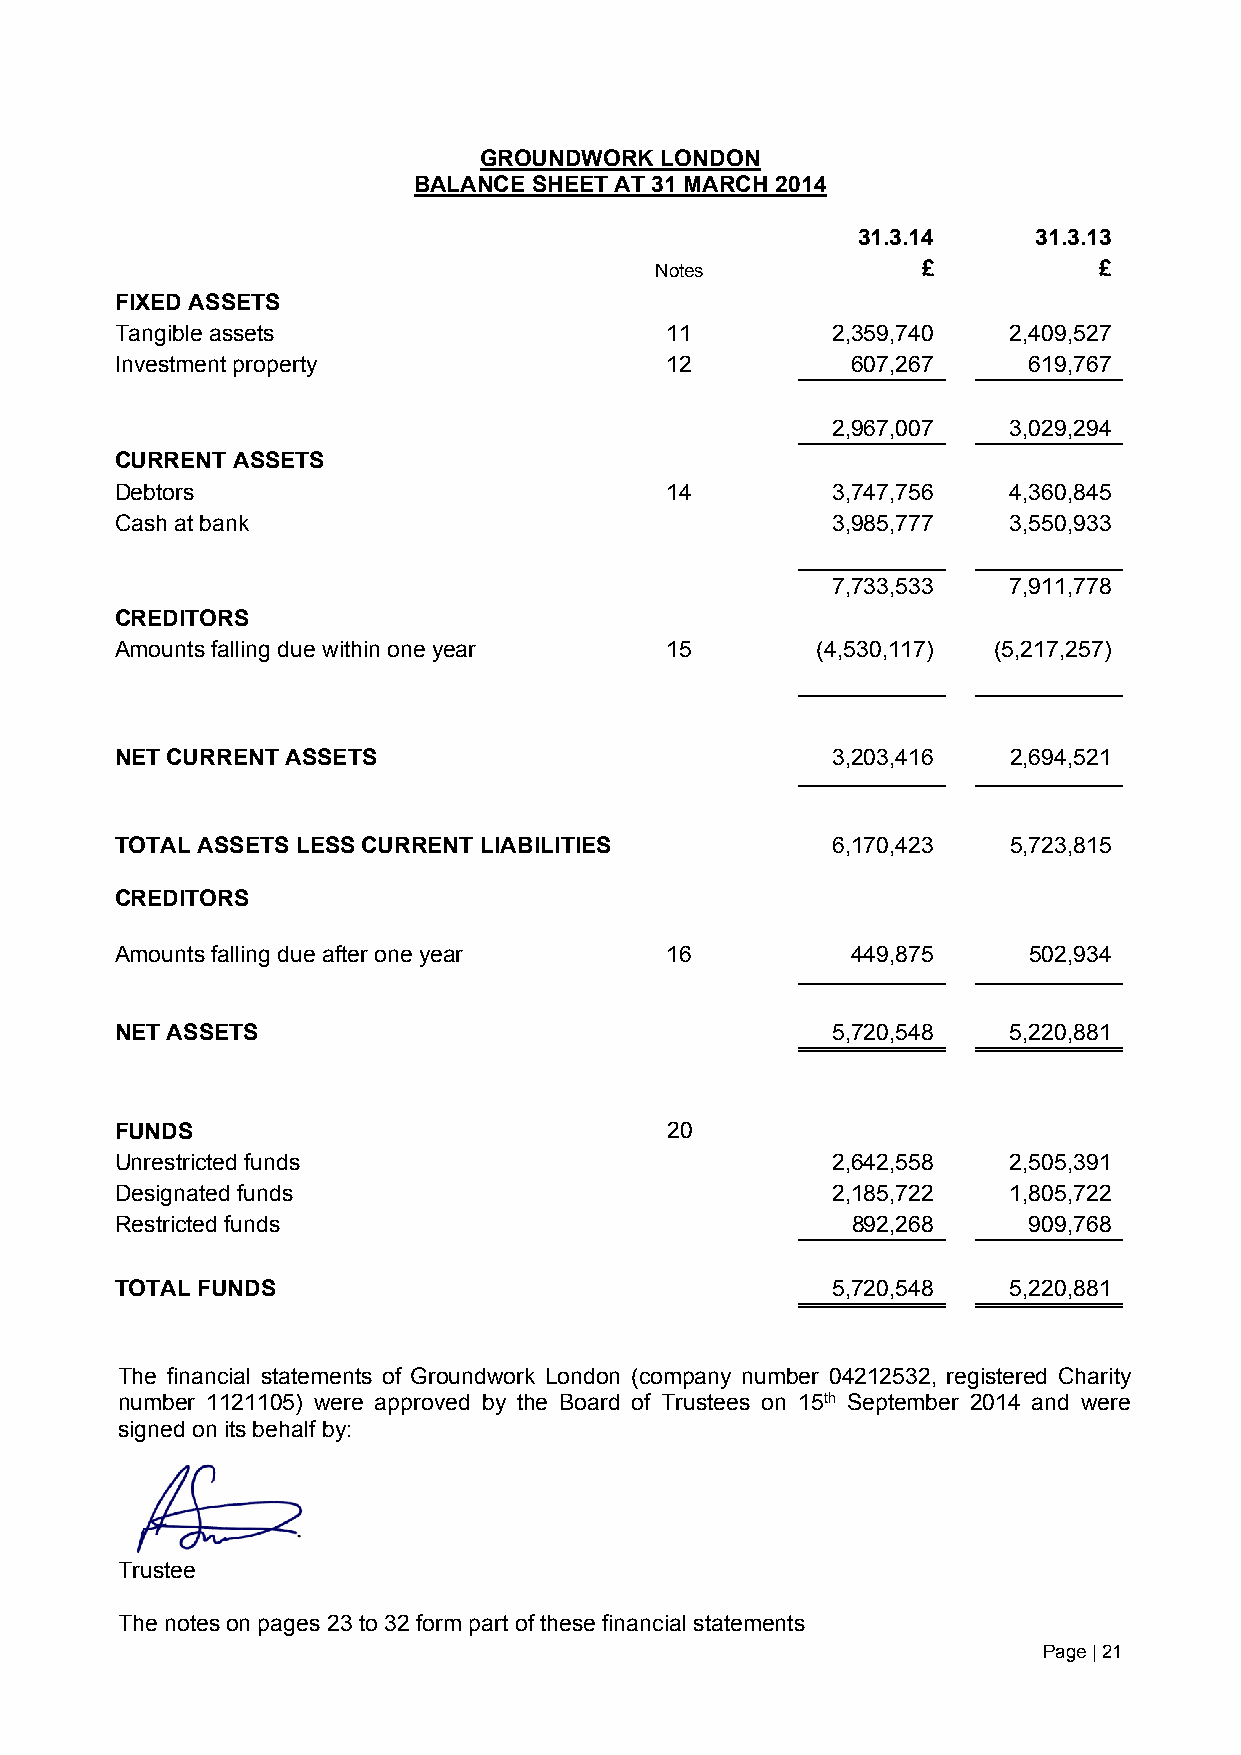
GROUNDWORK  LONDON
 BALANCE SHEET AT 31 MARCH 2014
 31.3.14    31.3.13
 Notes             £           £
 FIXED ASSETS
 Tangible assets                     11         2,359,740   2,409,527
 Investment property                 12          607,267     619,767
 2,967,007   3,029,294
 CURRENT ASSETS
 Debtors                             14         3,747,756   4,360,845
 Cash at bank                                   3,985,777   3,550,933
 7,733,533   7,911,778
 CREDITORS
 Amounts falling due within one year 15        (4,530,117) (5,217,257)
 NET CURRENT ASSETS                             3,203,416   2,694,521
 TOTAL ASSETS LESS CURRENT LIABILITIES          6,170,423   5,723,815
 CREDITORS
 Amounts falling due after one year  16          449,875     502,934
 NET ASSETS                                     5,720,548   5,220,881
 FUNDS                               20
 Unrestricted funds                             2,642,558   2,505,391
 Designated funds                               2,185,722   1,805,722
 Restricted funds                                892,268     909,768
 TOTAL FUNDS                                    5,720,548   5,220,881
 The financial statements of Groundwork London (company number 04212532, registered Charity
 number 1121105) were approved by the Board of Trustees on 15th September 2014 and were
 signed on its behalf by:
 Trustee
 The notes on pages 23 to 32 form part of these financial statements
 Page | 21